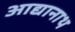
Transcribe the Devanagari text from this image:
आद्यानाथ